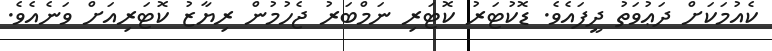
ކެއުމަކަށް ދަޢުވަތު ދީފައެވެ. ޑޮކުޓަރު ކޮޓަރި ނަމްބަރު ޖެހުމުން ރިޔާޒު ކޮޓަރިއަށް ވަނެއެވެ.